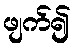
ဖျက်၍